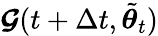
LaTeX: \boldsymbol{\mathcal{G}}(t+\Delta t,\tilde{{\boldsymbol{\theta}}}_{t})